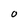
Character: O